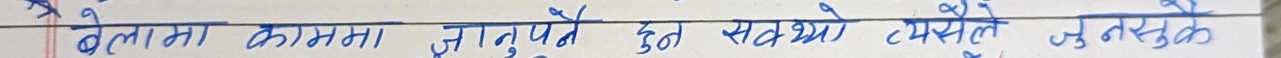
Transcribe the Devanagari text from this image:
बेलामा कामना झर्नुपर्ने हुन्थ्यो त्यसैले जुन्नु क